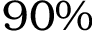
9 0 \%